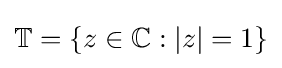
{\textstyle \mathbb {T} =\{z\in \mathbb {C} :|z|=1\}}